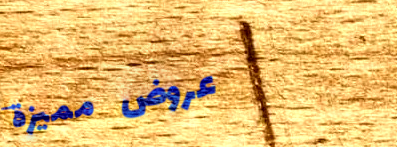
عروض مميزة